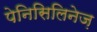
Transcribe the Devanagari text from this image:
पेनिसिलिनेज़